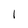
Character: 1